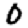
Digit: 0